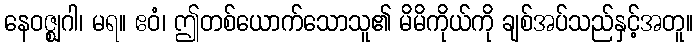
နေဝဇ္ဈဂါ၊ မရ။ ဧဝံ၊ ဤတစ်ယောက်သောသူ၏ မိမိကိုယ်ကို ချစ်အပ်သည်နှင့်အတူ။